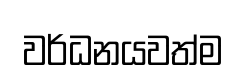
වර්ධනයවත්ම